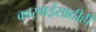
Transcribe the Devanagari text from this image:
कारवाईसाठीही